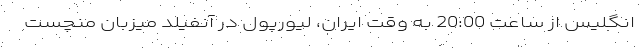
انگلیس از ساعت 20:00 به وقت ایران، لیورپول در آنفیلد میزبان منچست